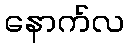
နောက်လ